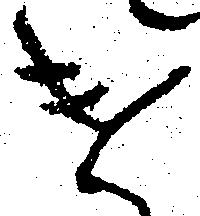
け